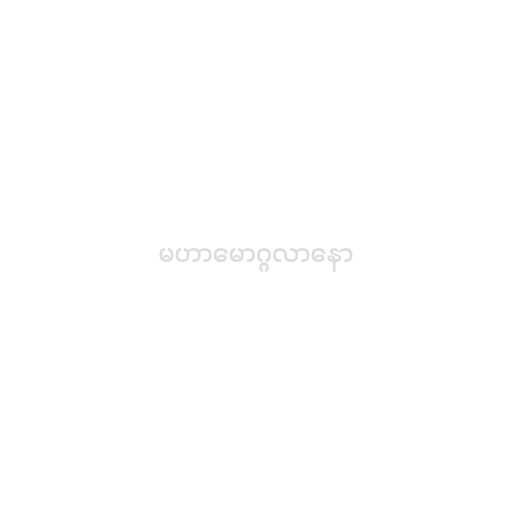
မဟာမောဂ္ဂလာနော